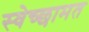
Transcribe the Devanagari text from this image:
स्वेच्छामत